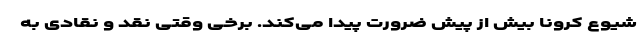
شیوع کرونا بیش از پیش ضرورت پیدا می‌کند. برخی وقتی نقد و نقادی به